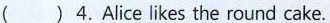
( ) 4.Alice likes the round cake.